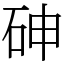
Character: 砷